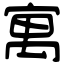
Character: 寓